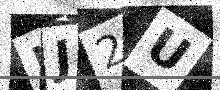
Text: NJ2U